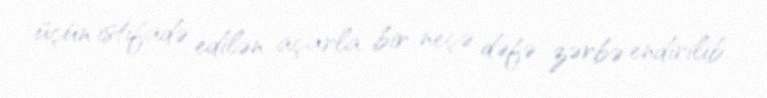
üçün istifadə edilən açarla bir neçə dəfə zərbə endirilib.